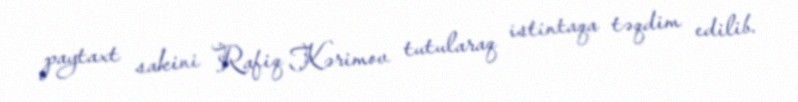
paytaxt sakini Rafiq Kərimov tutularaq istintaqa təqdim edilib.